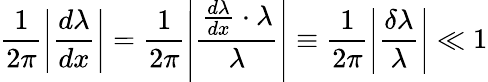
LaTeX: \frac{1}{2\pi}\left|\frac{d\lambda}{dx}\right|=\frac{1}{2\pi}\left|\frac{\frac{d\lambda}{dx}\cdot\lambda}{\lambda}\right|\equiv\frac{1}{2\pi}\left|\frac{\delta\lambda}{\lambda}\right|\ll 1